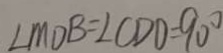
\angle M D B = \angle C D O = 9 0 ^ { \circ }